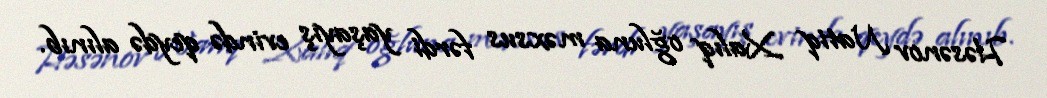
Həsənov Natiq Xalıq oğluna məxsus fərdi yaşayış evində qeydə alınıb.